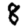
Digit: 8